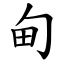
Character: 甸